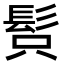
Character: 𩬫